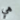
هي